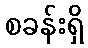
စခန်းရှိ